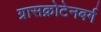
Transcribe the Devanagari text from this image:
ग्रासक्रोटेनबर्ग